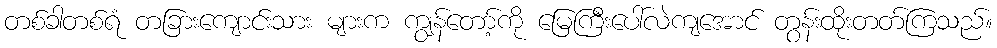
တစ်ခါတစ်ရံ တခြားကျောင်းသား များက ကျွန်တော့်ကို မြေကြီးပေါ်လဲကျအောင် တွန်းထိုးတတ်ကြသည်။